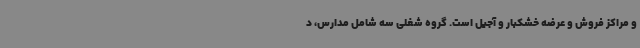
و مراکز فروش و عرضه خشکبار و آجیل است. گروه شغلی سه شامل مدارس، د